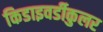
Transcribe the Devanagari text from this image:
किडाइवर्डीकुलर